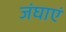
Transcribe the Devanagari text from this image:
जंघाएं